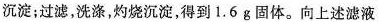
沉淀；过滤，洗涤，灼烧沉淀，得到1.6g固体。向上述滤液